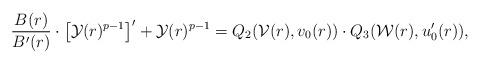
LaTeX: \begin{align*} \frac{B(r)}{B'(r)} \cdot \left[\mathcal Y(r)^{p-1}\right]' + \mathcal Y(r)^{p-1}= Q_2(\mathcal V(r), v_0(r)) \cdot Q_3(\mathcal W(r), u_0'(r)),\end{align*}